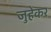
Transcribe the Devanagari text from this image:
जुहेकर